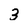
Character: 3